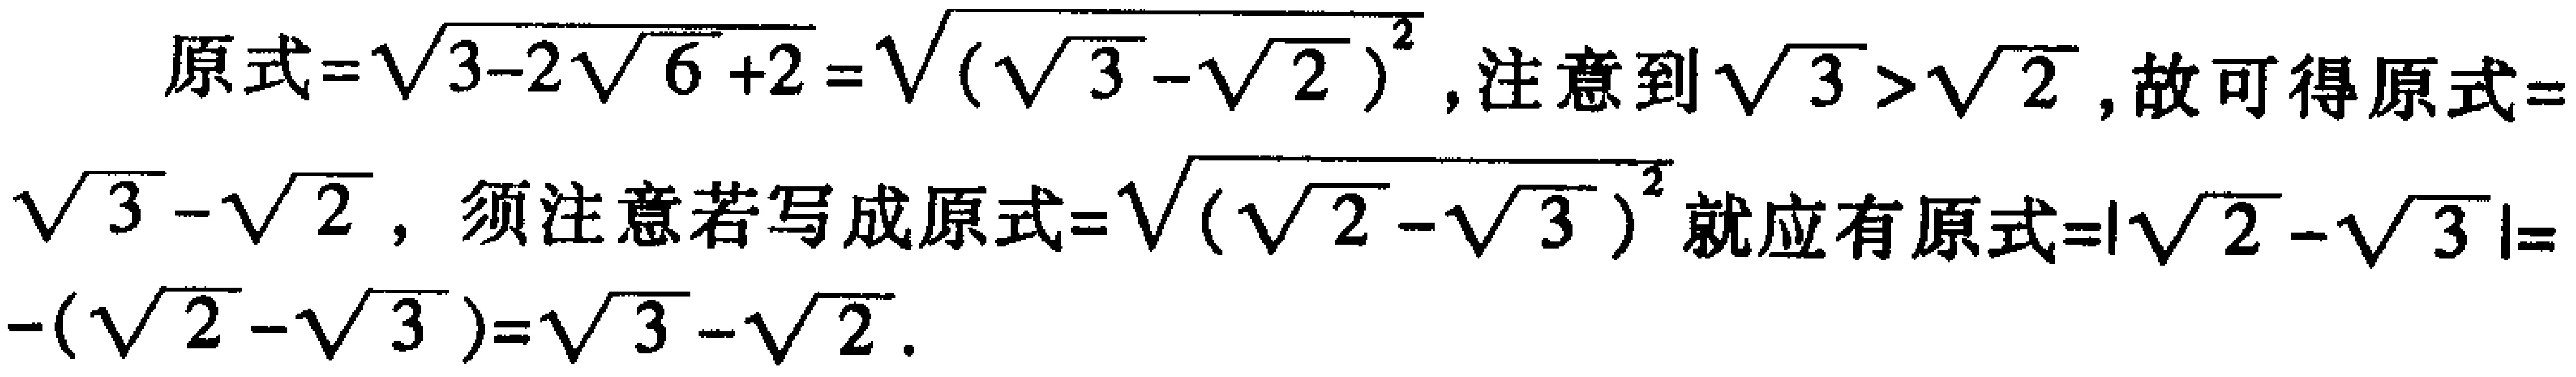
原式=$\sqrt{3 - 2\sqrt{6}+2}=\sqrt{(\sqrt{3}-\sqrt{2})^2}$，注意到$\sqrt{3}>\sqrt{2}$，故可得原式=$\sqrt{3}-\sqrt{2}$，须注意若写成原式=$\sqrt{(\sqrt{2}-\sqrt{3})^2}$就应有原式=$|\sqrt{2}-\sqrt{3}|=-(\sqrt{2}-\sqrt{3})=\sqrt{3}-\sqrt{2}$.